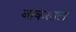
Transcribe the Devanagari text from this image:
बाकसाल